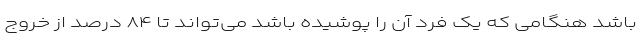
باشد هنگامی که یک فرد آن را پوشیده باشد می‌تواند تا ۸۴ درصد از خروج